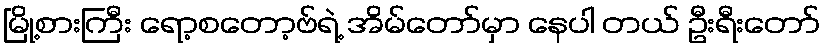
မြို့စားကြီး ရော့စတော့ဗ်ရဲ့ အိမ်တော်မှာ နေပါ တယ် ဦးရီးတော်